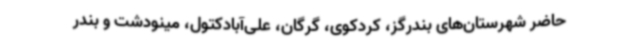
حاضر شهرستان‌های بندرگز، کردکوی، گرگان، علی‌آبادکتول، مینودشت و بندر